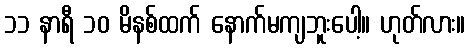
၁၁ နာရီ ၁၀ မိနစ်ထက် နောက်မကျဘူးပေါ့။ ဟုတ်လား။